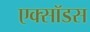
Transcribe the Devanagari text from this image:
एक्सॉडस